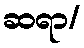
ဆရာ/